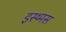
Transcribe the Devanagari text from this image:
इस्थ्मस